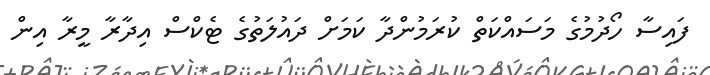
ފައިސާ ހޯދުމުގެ މަސައްކަތް ކުރަމުންދާ ކަމަށް ދައުލަތުގެ ޓެކްސް އިދާރާ މީރާ އިން